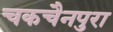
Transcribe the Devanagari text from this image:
चकचैनपुरा